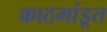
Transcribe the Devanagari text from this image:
काठमांडूत